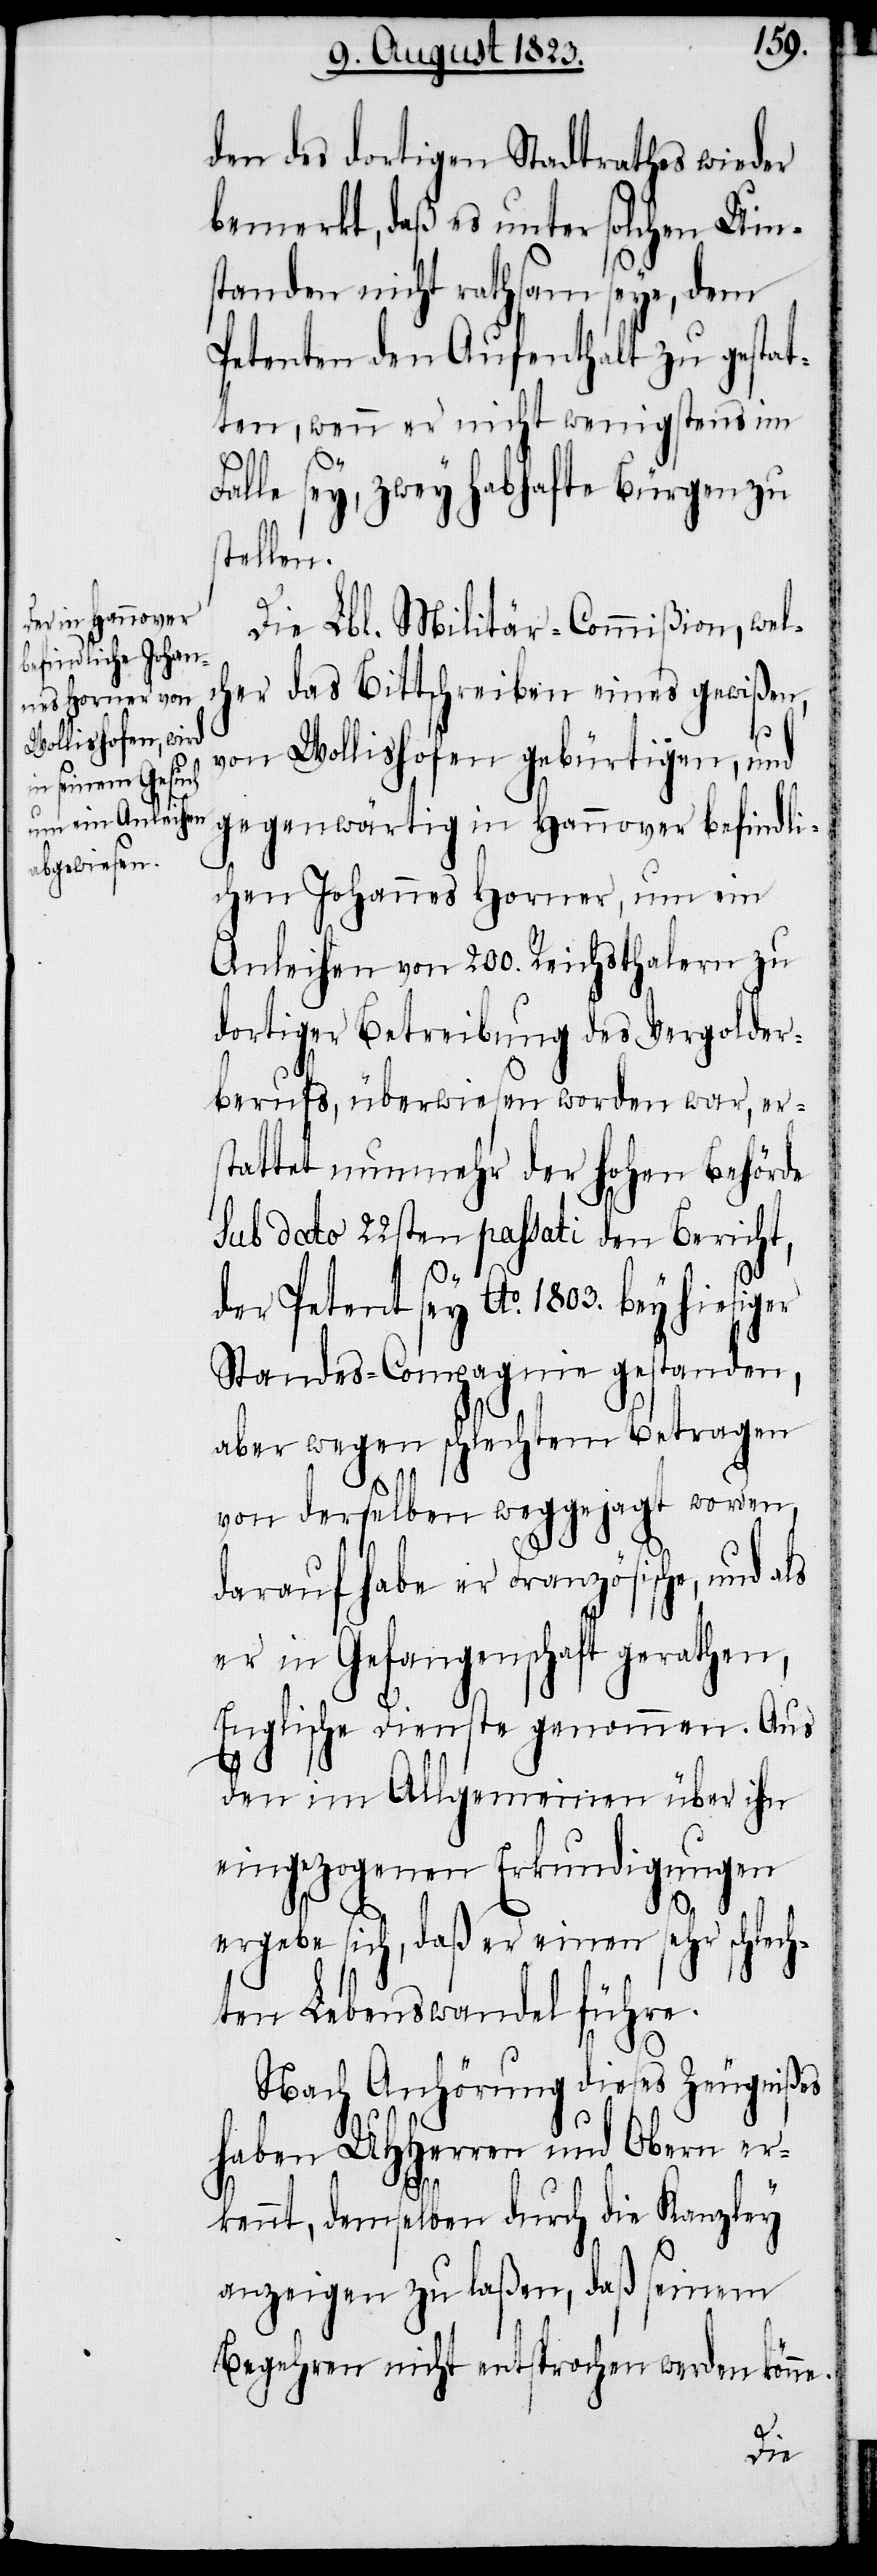
den des dortigen Stadtrathes wieder
bemerkt, daß es unter solchen Um¬
standen nicht rathsam seye, dem
Petenten den Aufenthalt zu gestat¬
ten, wenn er nicht wenigstens im
Falle sey, zwey habhafte Bürgen zu
stellen.
Die Lbl. Militär-Commißion, welc¬
her das Bittschreiben eines gewißen,
von Wollishofen gebürtigen, und
gegenwärtig in Hannover befindli¬
chen Johannes Horner, um ein
Anleihen von 200. Reichsthalern zu
dortiger Betreibung des Vergolder¬
berufs, überwiesen worden war, er¬
stattet nunmehr der hohen Behörde
sub dato 22sten passati den Bericht,
der Petent sey Ao. 1803. bey hiesig¬
Standes-Compagnie gestanden,
aber wegen schlechtem Betragen
von derselben weggejagt worden,
darauf habe er Französische, und als
er in Gefangenschaft gerathen,
Englische Dienste genommen. Aus
den im Allgemeinen über ihn
eingezogenen Erkundigungen
er
ergebe sich, daß er einen sehr schlech¬
ten Lebenswandel führe.
Nach Anhörung dieses Zeugnißes
haben UHHerren und Obern er¬
kennt, demselben durch die Kanzley
anzeigen zu laßen, daß seinem
Begehren nicht entsprochen werden könne.